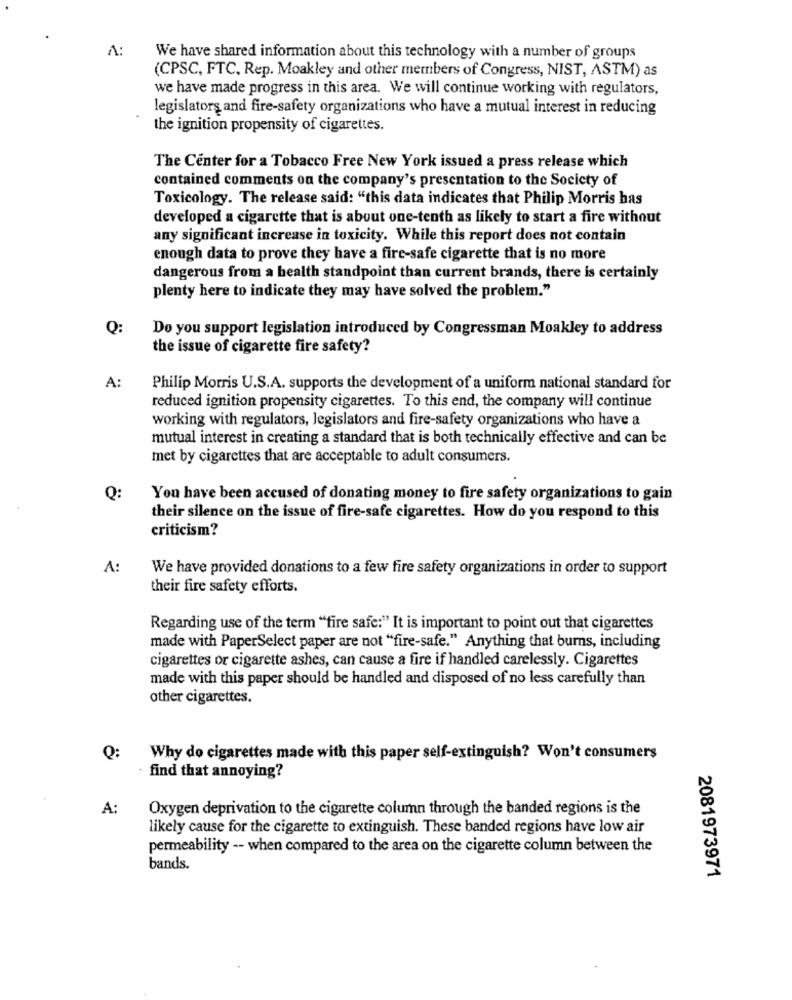
A:
We have shared information about this technology with a number of groups
(CPSC, FTC, Rep. Moakley and other members of Congress, NIST, ASTM) as
we have made progress in this area. We will continue working with regulators,
legislators and fire-safety organizations who have a mutual interest in reducing
the ignition propensity of cigarettes.
The Center for a Tobacco Free New York issued a press release which
contained comments on the company's presentation to the Society of
Toxicology. The release said: "this data indicates that Philip Morris has
developed a cigarette that is about one-tenth as likely to start a fire without
any significant increase in toxicity. While this report does not contain
enough data to prove they have a fire-safe cigarette that is no more
dangerous from a health standpoint than current brands, there is certainly
plenty here to indicate they may have solved the problem."
Q:
Do you support legislation introduced by Congressman Moakley to address
the issue of cigarette fire safety?
A:
Philip Morris U.S.A. supports the development of a uniform national standard for
reduced ignition propensity cigarettes. To this end, the company will continue
working with regulators, legislators and fire-safety organizations who have a
mutual interest in creating a standard that is both technically effective and can be
met by cigarettes that are acceptable to adult consumers.
Q:
You have been accused of donating money to fire safety organizations to gain
their silence on the issue of fire-safe cigarettes. How do you respond to this
criticism?
A:
We have provided donations to a few fire safety organizations in order to support
their fire safety efforts.
Regarding use of the term "fire safe:" It is important to point out that cigarettes
made with PaperSelect paper are not "fire-safe." Anything that burns, including
cigarettes or cigarette ashes, can cause a fire if handled carelessly. Cigarettes
made with this paper should be handled and disposed of no less carefully than
other cigarettes.
Q:
Why do cigarettes made with this paper self-extinguish? Won't consumers
find that annoying?
A:
Oxygen deprivation to the cigarette column through the banded regions is the
likely cause for the cigarette to extinguish. These banded regions have low air
permeability -- when compared to the area on the cigarette column between the
bands.
2081973971